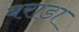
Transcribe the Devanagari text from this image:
बराडा